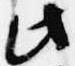
此